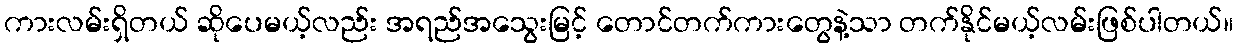
ကားလမ်းရှိတယ် ဆိုပေမယ့်လည်း အရည်အသွေးမြင့် တောင်တက်ကားတွေနဲ့သာ တက်နိုင်မယ့်လမ်းဖြစ်ပါတယ်။